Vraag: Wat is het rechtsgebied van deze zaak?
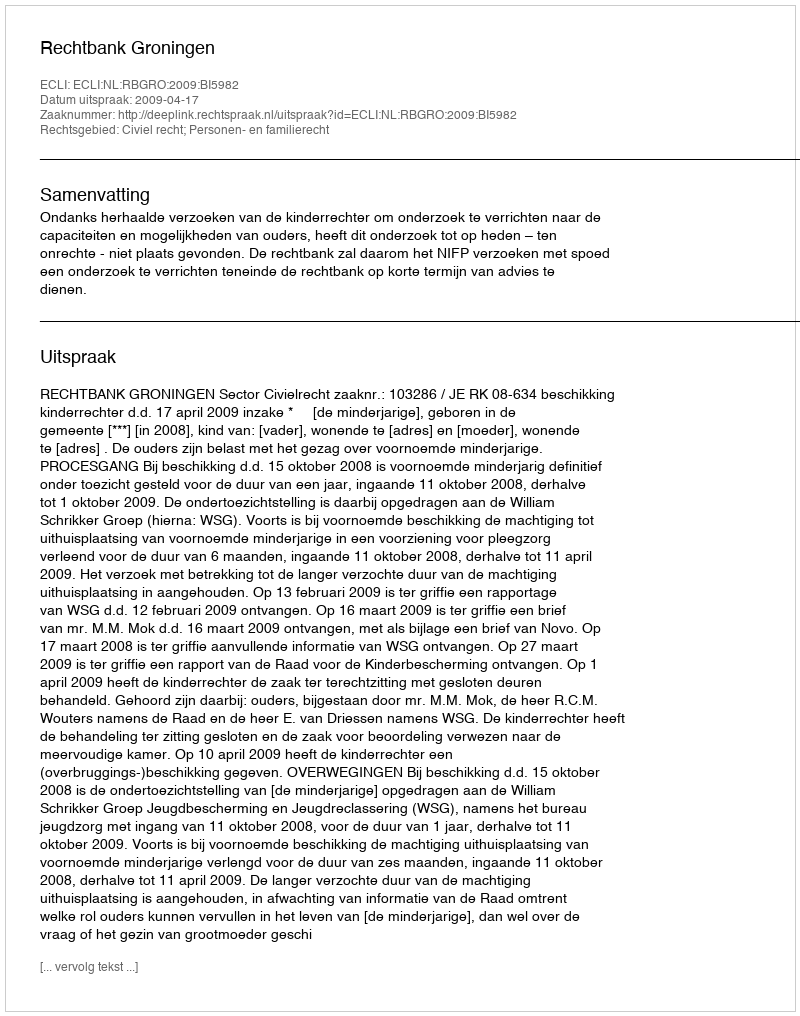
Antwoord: Civiel recht; Personen- en familierecht